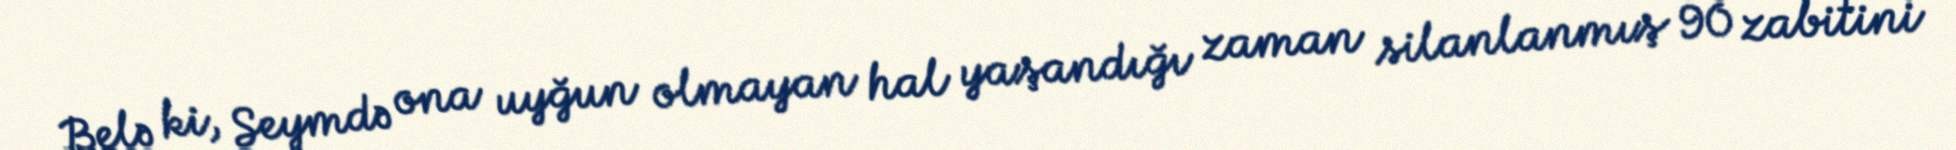
Belə ki, Seymdə ona uyğun olmayan hal yaşandığı zaman silanlanmış 90 zabitini